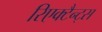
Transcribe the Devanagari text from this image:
रिएक्टैन्ट्स